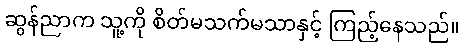
ဆွန်ညာက သူ့ကို စိတ်မသက်မသာနှင့် ကြည့်နေသည်။